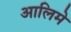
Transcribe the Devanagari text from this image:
आलिमे